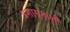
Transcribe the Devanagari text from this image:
प्रशासनाशी